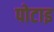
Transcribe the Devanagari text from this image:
पोटाइ